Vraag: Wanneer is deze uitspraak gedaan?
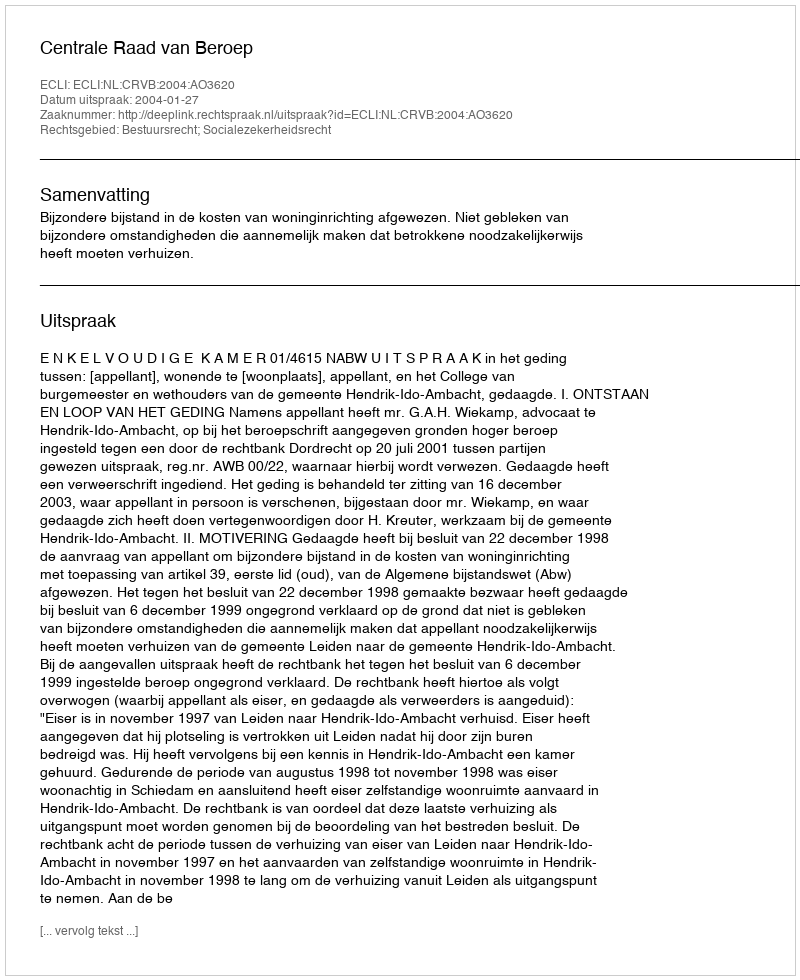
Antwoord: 2004-01-27